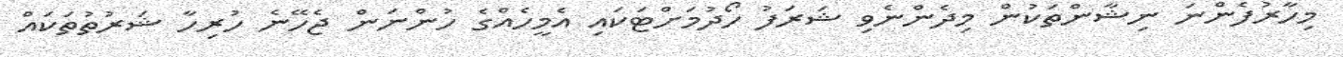
މިހާރުފެންނަ ނިޝާންތަކުން މިދެންނެވި ޝަރަފު ހޯދުމަށްޓަކައި އެމީހެއްގެ ހުންނަން ޖެހޭނެ ހުރިހާ ޝަރުތުތަކައް